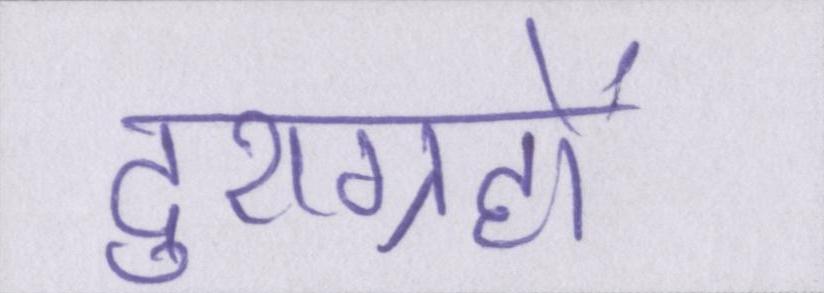
दुराग्रहों